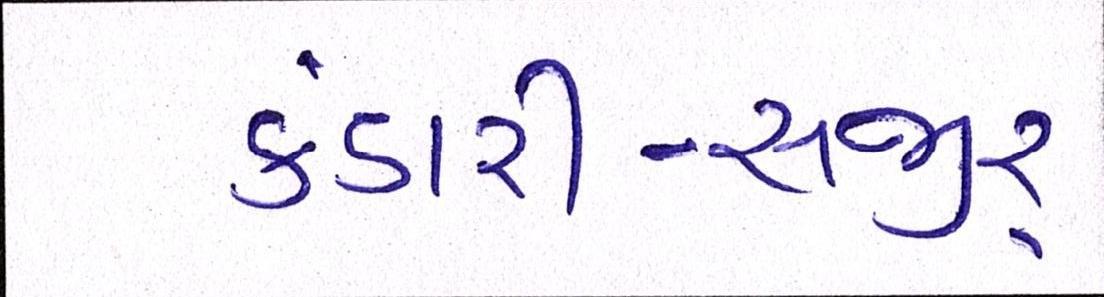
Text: કંડારી-સજીર્